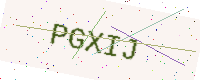
Text: PGXIJ